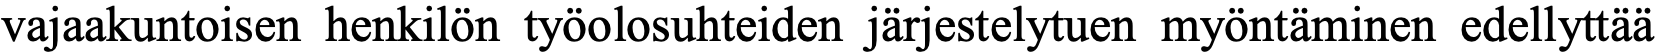
vajaakuntoisen henkilön työolosuhteiden järjestelytuen myöntäminen edellyttää